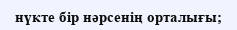
нүкте бір нәрсенің орталығы;